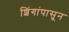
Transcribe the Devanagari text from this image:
शिंगांपासून